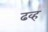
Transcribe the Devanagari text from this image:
ढव्ह